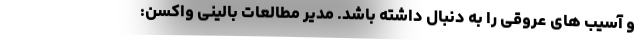
و آسیب های عروقی را به دنبال داشته باشد. مدیر مطالعات بالینی واکسن: